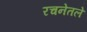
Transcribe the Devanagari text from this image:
रचनेतले